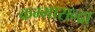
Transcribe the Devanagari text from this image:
कम्मासन्द्रा